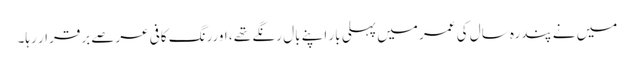
میں نے پندرہ سال کی عمر میں پہلی بار اپنے بال رنگے تھے ، اوررنگ کافی عرصے برقرار رہا۔